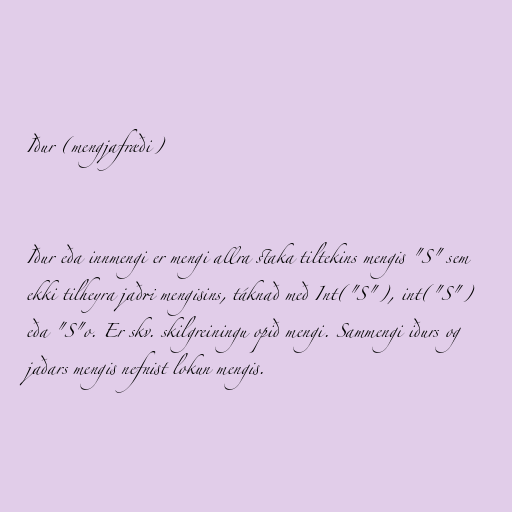
Iður (mengjafræði)

Iður eða innmengi er mengi allra staka tiltekins mengis "S" sem
ekki tilheyra jaðri mengisins, táknað með Int("S"), int("S")
eða "S"o. Er skv. skilgreiningu opið mengi. Sammengi iðurs og
jaðars mengis nefnist lokun mengis.